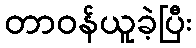
တာဝန်ယူခဲ့ပြီး